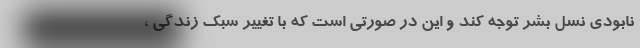
نابودی نسل بشر توجه کند و این در صورتی است که با تغییر سبک زندگی ،